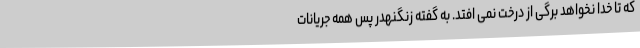
که تا خدا نخواهد برگی از درخت نمی افتد. به گفته زنگنهدر پس همه جریانات